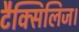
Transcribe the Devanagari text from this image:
टैक्सिलिज।